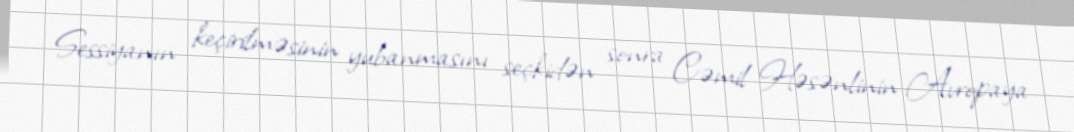
Sessiyanın keçirilməsinin yubanmasını seçkidən sonra Cəmil Həsənlinin Avropaya